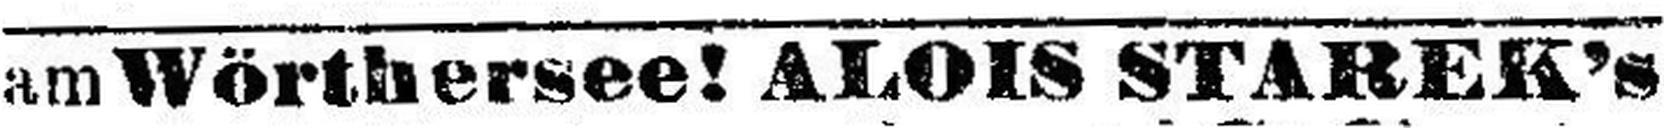
am Wörthersee! ALOIS STAREK's